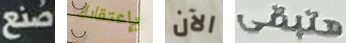
صنع بإعتقادك الآن هتبقى